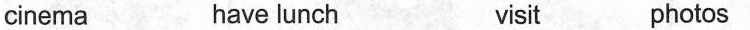
cinema have lunch visit photos